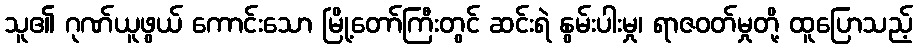
သူ၏ ဂုဏ်ယူဖွယ် ကောင်းသော မြို့တော်ကြီးတွင် ဆင်းရဲ နွမ်းပါးမှု၊ ရာဇဝတ်မှုတို့ ထူပြောသည့်